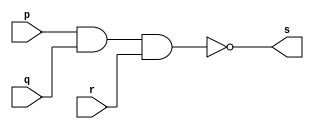
// ---------------------
// PUC-Minas - Instituto de Informtica
// ARQ1 Guia-01 Exercicio 01
// Data de entrega: 01-04/02/2011
// Nome: Pedro Tronbin
// ---------------------

// ---------------------
// -- nand gate
// ---------------------

module nandgate (s, p, q, r);
output s;
input p, q, r; 

assign s = ( ~(p & q & r) );

endmodule // nand gate

// ---------------------
// -- test nand gate
// ---------------------

module testnandgate;
 reg a, b, c;
 wire s;
          // instancia
nandgate NAND1 (s, a, b ,c);

     // parte principal
initial begin
    $display( "Guia-01 - Pedro Tronbin - 410473" );
	 $display( "Test NAND gate" );
	 $display( "\n( ~(a&b&c) ) = s\n" );
	   a=0; b=0; c=0;
  #1  $display("~( %b & %b & %b ) = %b", a, b, c, s);
      a=0; b=0; c=1;
  #1  $display("~( %b & %b & %b ) = %b", a, b, c, s);
      a=0; b=1; c=0;
  #1  $display("~( %b & %b & %b ) = %b", a, b, c, s);
      a=0; b=1; c=1;
  #1  $display("~( %b & %b & %b ) = %b", a, b, c, s);
      a=1; b=0; c=0;
  #1  $display("~( %b & %b & %b ) = %b", a, b, c, s);
      a=1; b=0; c=1;
  #1  $display("~( %b & %b & %b ) = %b", a, b, c, s);
      a=1; b=1; c=0;
  #1  $display("~( %b & %b & %b ) = %b", a, b, c, s);
      a=1; b=1; c=1;
  #1  $display("~( %b & %b & %b ) = %b", a, b, c, s);

 end

endmodule // testnandgate

/* SAIDA

 Guia-01 - Pedro Tronbin - 410473
    Test NAND gate
    
    ( ~(a&b&c) ) = s
    
    ~( 0 & 0 & 0 ) = 1
    ~( 0 & 0 & 1 ) = 1
    ~( 0 & 1 & 0 ) = 1
    ~( 0 & 1 & 1 ) = 1
    ~( 1 & 0 & 0 ) = 1
    ~( 1 & 0 & 1 ) = 1
    ~( 1 & 1 & 0 ) = 1
    ~( 1 & 1 & 1 ) = 0

*/